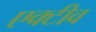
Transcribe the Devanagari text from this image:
एक्टीव